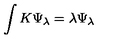
\int K \Psi _ { \lambda } = \lambda \Psi _ { \lambda }